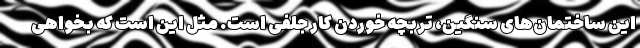
این ساختمان‌های سنگین، تربچه خوردن کار جلفی است. مثل این است که بخواهی